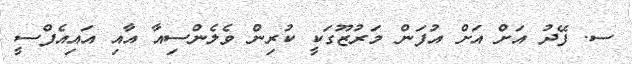
ސ. ފޭދު އަށް އަށް އުފަން މަރުޒޫގަކީ ކުރިން ވެލެންސިއާ އާއި އައިއެފްސީ